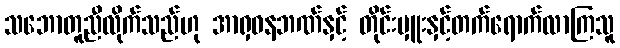
သဘောတူညီလိုက်သည်ဟု အာရှဓနဘဏ်နှင့် တိုင်းမှူးနှင့်တက်ရောက်လာကြသူ